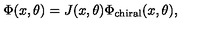
\Phi ( x , \theta ) = J ( x , \theta ) \Phi _ { \mathrm { c h i r a l } } ( x , \theta ) ,